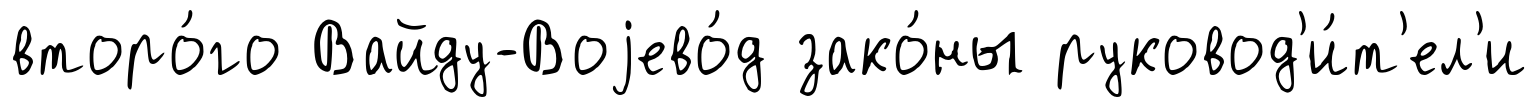
второ́го Вайду-Воjево́д зако́ны руковод'и́т'ел'и